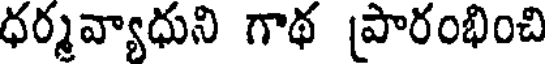
ధర్మవ్యాధుని గాథ [పారంభించి